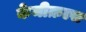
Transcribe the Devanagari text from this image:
केमीक़ल्स